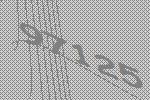
97125